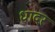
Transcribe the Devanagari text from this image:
धादर